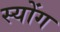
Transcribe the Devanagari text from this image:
स्योंग